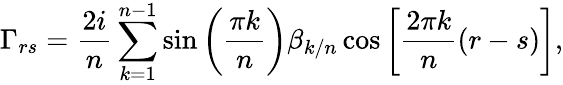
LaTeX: \Gamma_{rs}=\frac{2i}{n}\sum_{k=1}^{n-1}\sin\bigg(\frac{\pi k}{n}\bigg)\beta_{k/n}\cos\bigg[\frac{2\pi k}{n}(r-s)\bigg],